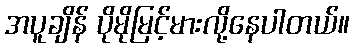
အပူချိန် ပိုမိုမြင့်မားလို့နေပါတယ်။